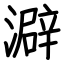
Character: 澼